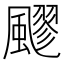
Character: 飂